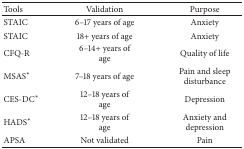
| Tools | Validation | Purpose |
 | --- | --- | --- |
 | STAIC | 6–17 years of age | Anxiety |
 | STAIC | 18+ years of age | Anxiety |
 | CFQ-R | 6–14+ years of age | Quality of life |
 | MSAS∗ | 7–18 years of age | Pain and sleep disturbance |
 | CES-DC∗ | 12–18 years of age | Depression |
 | HADS∗ | 12–18 years of age | Anxiety and depression |
 | APSA | Not validated | Pain |